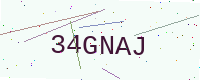
Text: 34GNAJ